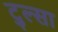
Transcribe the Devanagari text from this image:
टुल्‍सा